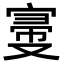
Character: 𡩠